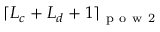
\lceil L _ { c } + L _ { d } + 1 \rceil _ { \mathrm { ~ p ~ o ~ w ~ 2 ~ } }